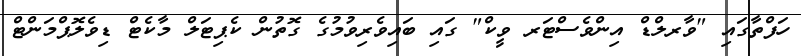
ހަފްތާގައި "ވާރލްޑް އިންވެސްޓަރ ވީކް" ގައި ބައިވެރިވުމުގެ ގޮތުން ކެޕިޓަލް މާކެޓް ޑިވެލޮޕްމަންޓް